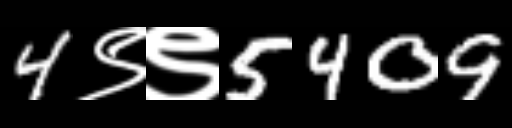
Text: 4९९5409